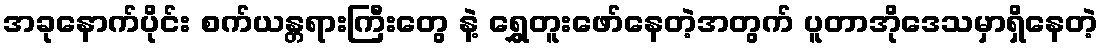
အခုနောက်ပိုင်း စက်ယန္တရားကြီးတွေ နဲ့ ရွှေတူးဖော်နေတဲ့အတွက် ပူတာအိုဒေသမှာရှိနေတဲ့